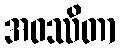
အဝဿိတာ